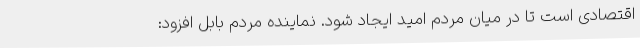
اقتصادی است تا در میان مردم امید ایجاد شود. نماینده مردم بابل افزود: